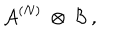
LaTeX: { \mathcal A } ^ { ( N ) } \ \otimes \ { \mathcal B } \ ,